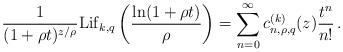
\begin{align*} \frac{1}{(1+\rho t)^{z/\rho}}{\rm Lif}_{k,q}\left(\frac{\ln(1+\rho t)}{\rho}\right)=\sum_{n=0}^\infty c_{n,\rho,q}^{(k)}(z)\frac{t^n}{n!}\,. \end{align*}